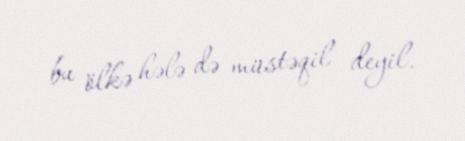
bu ölkə hələ də müstəqil deyil.